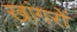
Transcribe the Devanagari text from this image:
खांगरों